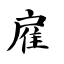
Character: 雇